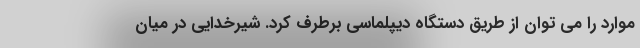
موارد را می توان از طریق دستگاه دیپلماسی برطرف کرد. شیرخدایی در میان